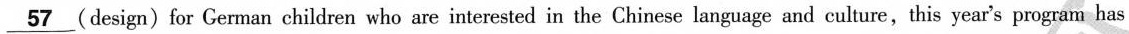
\underline{57} (design)for German children who are interested in the Chinese language and culture,this year's program has